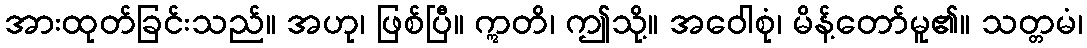
အားထုတ်ခြင်းသည်။ အဟု၊ ဖြစ်ပြီ။ ဣတိ၊ ဤသို့။ အဝေါစုံ၊ မိန့်တော်မူ၏။ သတ္တမံ၊